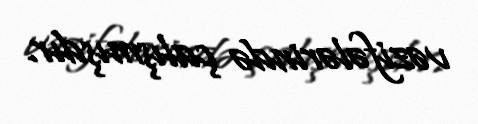
vəzifələrində çalışmışdır.